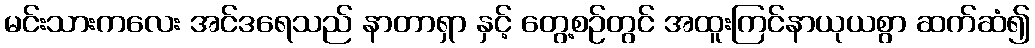
မင်းသားကလေး အင်ဒရေသည် နာတာရှာ နှင့် တွေ့စဉ်တွင် အထူးကြင်နာယုယစွာ ဆက်ဆံ၍